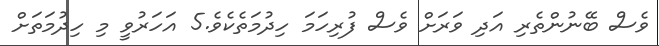
ވެސް ބޭނުންތެރި އަދި ވަރަށް ވެސް ފުރިހަމަ ހިދުމަތެކެވެ.5 އަހަރުވީ މި ހިދުމަތަށް